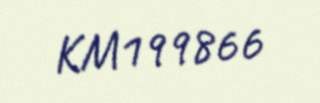
KM199866